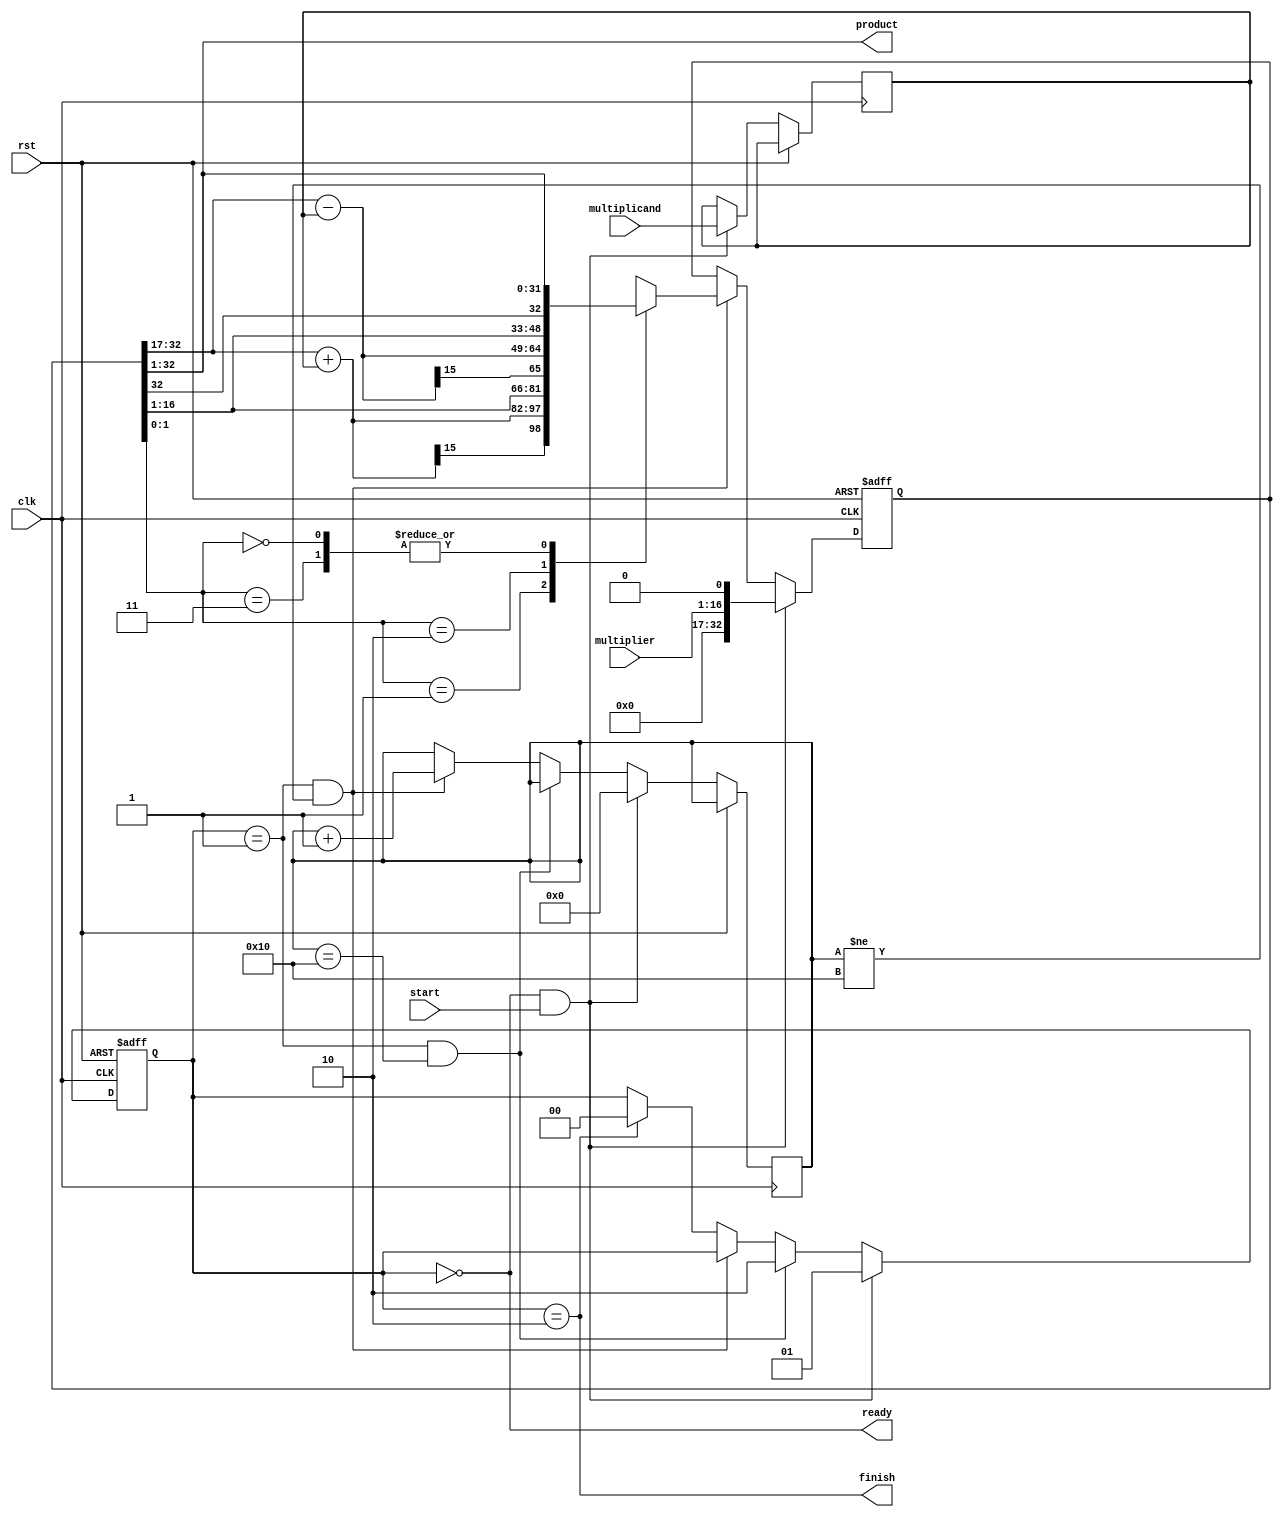
`timescale 1ns / 1ps
module Mul(input clk,
           input rst,
           input [15:0] multiplicand,
           input [15:0] multiplier,
           input start,
           output [31:0] product,
           output ready,
           output finish
//           ,output [1:0] check_bits_out,
//           output [15:0] left_add_out,
//           output [15:0] left_minus_out
);
    
    localparam READY  = 2'b00;
    localparam BUSY   = 2'b01;
    localparam FINISH = 2'b10;
    
    reg [1:0] state;  // State register
    reg [4:0] count; // Count the steps       
    reg [31:-1] product_reg; // Return value - product
    reg [15:0] reg_multiplicand; // Store multiplicand
    
    wire [15:0] left_add;
    wire [15:0] left_minus;
    wire [1:0] check_bits;

    assign check_bits = product_reg[0:-1];
    assign left_add = product_reg[31:16] + reg_multiplicand;
    assign left_minus = product_reg[31:16] - reg_multiplicand;

    assign product = product_reg[31:0];
    assign finish = state == FINISH;
    assign ready = state == READY;
    
    // DEBUG
//    assign check_bits_out = check_bits;
//    assign left_add_out = left_add;
//    assign left_minus_out = left_minus;
    
    always @(posedge clk or posedge rst) begin
        if (rst) begin
            state <= READY;
        end

        else if ((state == READY) && start) begin
            state <= BUSY;
            count <= 5'b0000_0;
        end

        else if ((state == BUSY) && (count == 5'b1000_0)) begin
            state <= FINISH;
        end
        
        else if (state == BUSY && count != 5'b1000_0) begin
            count <= count + 1;
        end
        
        else if (state == FINISH) begin
            state <= READY;
        end
    end
        
    always @ (posedge clk or posedge rst) begin
        if (rst) begin
            product_reg <= 0;
        end
        else if ((state == READY) && start) begin
            product_reg <= {16'h0000, multiplier, 1'b0};
            reg_multiplicand <= multiplicand;
        end
        else if (state == BUSY && count != 5'b1000_0) begin
            case(check_bits)
                2'b01: begin // Add and signed right shift
                    product_reg <= {left_add[15], left_add, product_reg[15:0]};
                end
                2'b10: begin // Minus and signed right shift
                    product_reg <= {left_minus[15], left_minus, product_reg[15:0]};
                end
                2'b00, 2'b11: begin // Just signed right shift
                    product_reg <= {product_reg[31], product_reg[31:0]};
                end
            endcase
        end
    end
    
endmodule